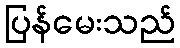
ပြန်မေးသည်